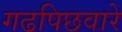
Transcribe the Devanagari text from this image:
गढपिछवारे